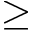
\ge